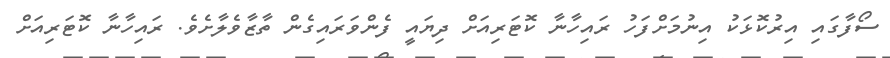
ސޯފާގައި އިރުކޮޅަކު އިނުމަށްފަހު ރައިހާނާ ކޮޓަރިއަށް ދިޔައީ ފެންވަރައިގެން ތާޒާވެލާށެވެ. ރައިހާނާ ކޮޓަރިއަށް